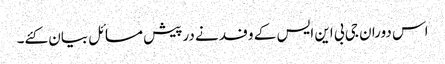
اس دوران جی بی این ایس کے وفد نے درپیش مسائل بیان کئے۔